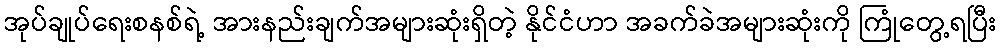
အုပ်ချုပ်ရေးစနစ်ရဲ့ အားနည်းချက်အများဆုံးရှိတဲ့ နိုင်ငံဟာ အခက်ခဲအများဆုံးကို ကြုံတွေ့ရပြီး